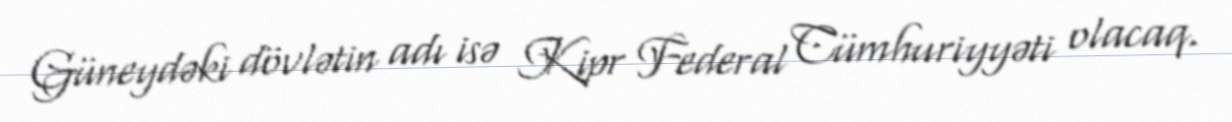
Güneydəki dövlətin adı isə Kipr Federal Cümhuriyyəti olacaq.